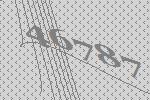
46787